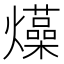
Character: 𤒶